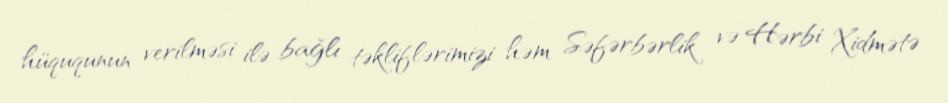
hüququnun verilməsi ilə bağlı təkliflərimizi həm Səfərbərlik və Hərbi Xidmətə